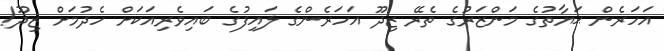
އަހަރެން ޙަޔާތުގެ މަންޒަރުގެ ތެރޭ ޒިދޫ އަހަރެންގެ ލައިފުގެ ބައިވެރިއަކަށް ހެދުމަށް ޒިދޫ!